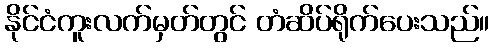
နိုင်ငံကူးလက်မှတ်တွင် တံဆိပ်ရိုက်ပေးသည်။